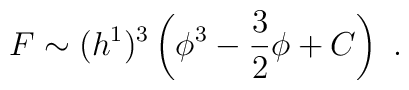
F \sim (h^1)^3 \left(\phi^3 - {3\over 2} \phi + C\right) \ .